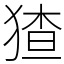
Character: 猹